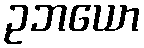
ဥဘယော